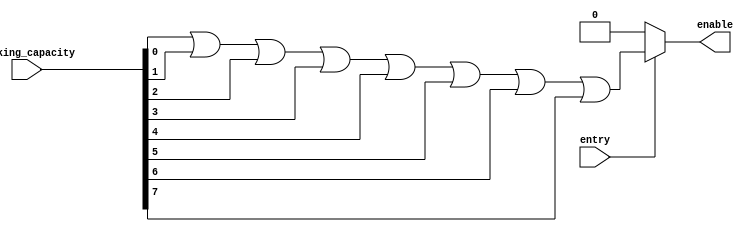
/*--  *******************************************************
  --  Computer Architecture Course, Laboratory Sources 
  --  Amirkabir University of Technology (Tehran Polytechnic)
  --  Department of Computer Engineering (CE-AUT)
  --  https://ce[dot]aut[dot]ac[dot]ir
  --  *******************************************************
  --  All Rights reserved (C) 2021-2022
  --  *******************************************************
  --  Student ID  : 9931054 & 9931066
  --  Student Name: Manni Moghimi & Amirhossein Iravanimanesh
  --  Student Mail: 
  --  *******************************************************
  --  Additional Comments:
  --
  --*/

/*-----------------------------------------------------------
  ---  Module Name: entry_checker 
  -----------------------------------------------------------*/
`timescale 1 ns/1 ns
module entry_checker(
	entry,
	parking_capacity,
	enable);
	input entry;
	input [7:0] parking_capacity;
	output enable;
	assign enable = (entry ? (parking_capacity[0] | parking_capacity[1] | parking_capacity[2] | parking_capacity[3] | parking_capacity[4] | parking_capacity[5] | parking_capacity[6] | parking_capacity[7]) : 1'b0) ;

endmodule